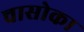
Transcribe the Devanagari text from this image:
चासोका